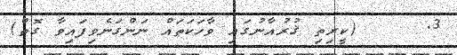
3.     (ކީރިތި ޤުރުއާނުގައި ވާހަކަތައް ނަންގަނެވިފައިވާ ގޮތް)